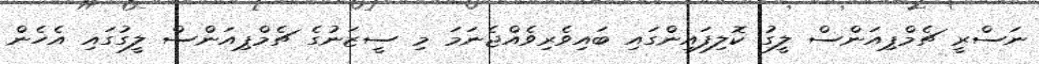
ނަސްރީ ޗެމްޕިއަންސް ލީގު ކޮލިފައިންގައި ބައިވެރިވެއްޖެނަމަ މި ސީޒަނުގެ ޗެމްޕިއަންސް ލީގުގައި އެހެން